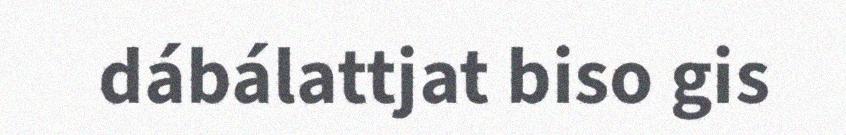
dábálattjat biso gis